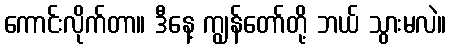
ကောင်းလိုက်တာ။ ဒီနေ့ ကျွန်တော်တို့ ဘယ် သွားမလဲ။